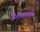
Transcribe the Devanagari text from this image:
हेलकावते